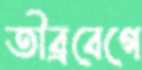
তীব্রবেগে